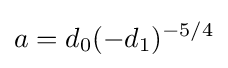
a=d_{0}(-d_{1})^{-5/4}